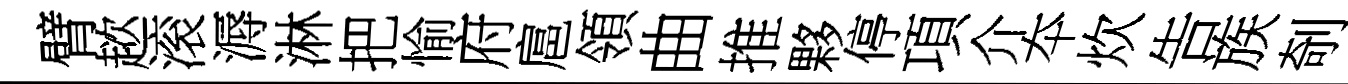
臂趑滚溽淋把愉府扈領曲推夥停項介夲炊告族剞